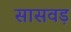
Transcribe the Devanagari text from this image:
सासवड़